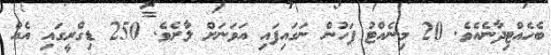
ބެހެއްޓިދާނެއެވެ. 20 މިނެއްޓު ފަހުން ނަގައިފައި އަވަނަށް ލާށެވެ. 250 ޑިގްރީގައި އެއް